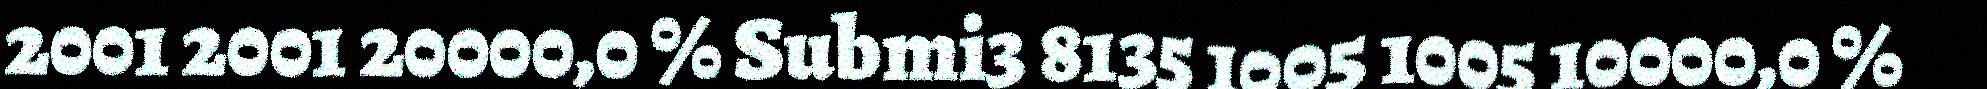
2001 2001 20000,0 % Submi3 8135 1005 1005 10000,0 %